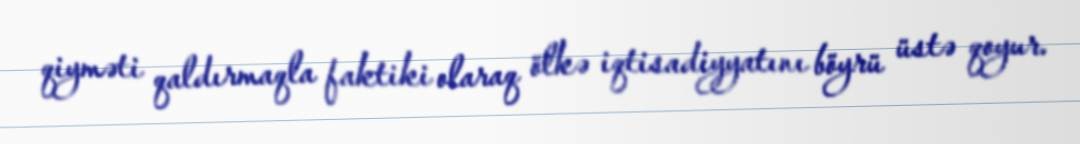
qiyməti qaldırmaqla faktiki olaraq ölkə iqtisadiyyatını böyrü üstə qoyur.